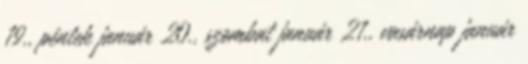
19., péntek január 20., szombat január 21., vasárnap január